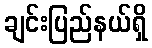
ချင်းပြည်နယ်ရှိ